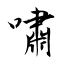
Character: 嘯